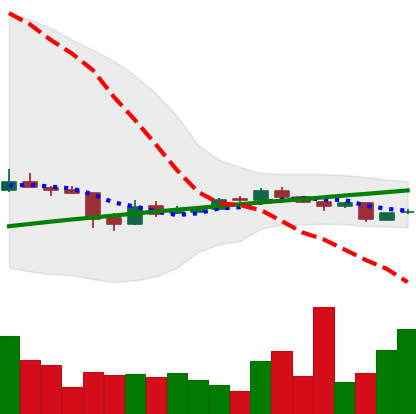
Ticker: BTC-USD
Chart end date: 2016-08-29
Forward return: 4.199%
Label: up_3_5